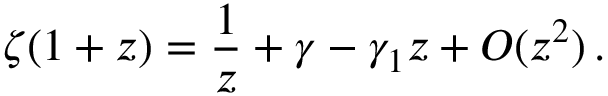
\zeta ( 1 + z ) = { \frac { 1 } { z } } + \gamma - \gamma _ { 1 } z + O ( z ^ { 2 } ) \, .